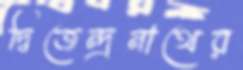
দ্বিজেন্দ্রনাথের